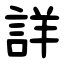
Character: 詳